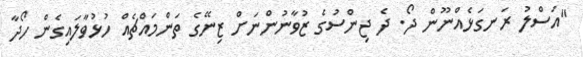
"އަސްލު ރަނގަޅެއްނޫން ދޯ. ދެ ޖިންސުގެ ޒުވާނުންނަށް ޒިނޭގެ ތަންމައްޗެއް ހުޅުވާލައިގެން ހޯދާ